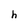
Character: h